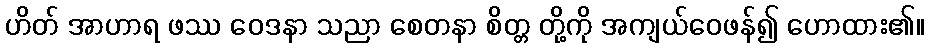
ဟိတ် အာဟာရ ဖဿ ဝေဒနာ သညာ စေတနာ စိတ္တ တို့ကို အကျယ်ဝေဖန်၍ ဟောထား၏။